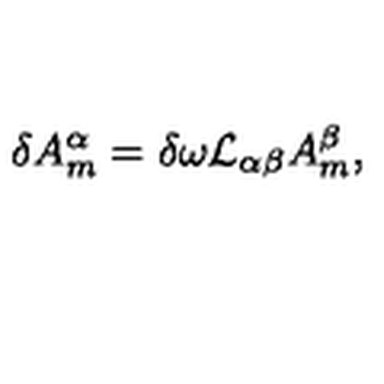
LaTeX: \delta A _ { m } ^ { \alpha } = \delta \omega { \cal L } _ { \alpha \beta } A _ { m } ^ { \beta } ,